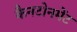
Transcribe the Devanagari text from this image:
कैनटोनमेंट